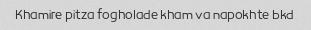
Khamire pitza fogholade kham va napokhte bkd